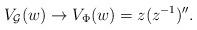
LaTeX: \begin{align*}V_{{\cal G}}(w) \rightarrow V_{\Phi}(w) = z(z^{-1})''.\end{align*}